Report of the Indian Hemp Drugs Commission, 1894-1895 - Volume VII
Year: 1894
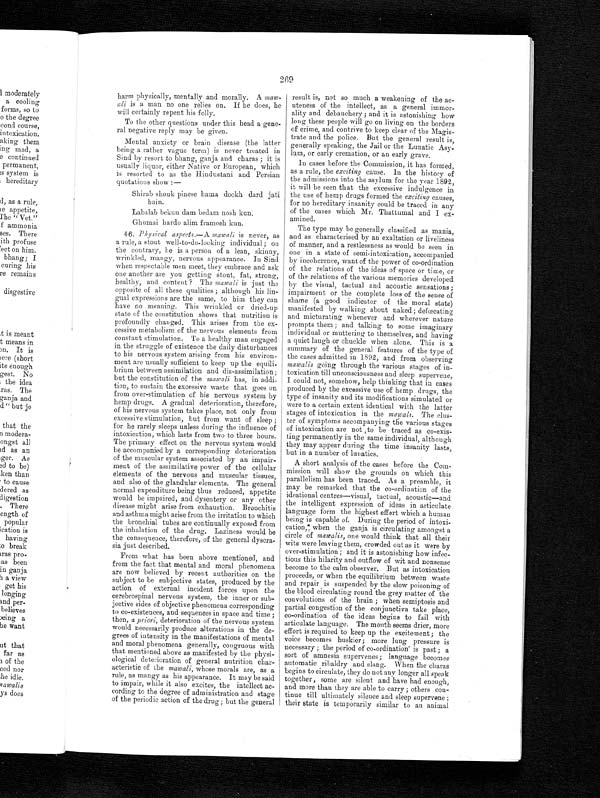
269
harm physically, mentally and morally. A maw-
ali is a man no one relies on. If he does, he
will certainly repent his folly.
To the other questions under this head a gene
- -
ral negative reply may be given.
Mental anxiety or brain disease (the latter
being a rather vague term) is never treated in
Sind by resort to bhang, ganja and charas ; it is
usually liquor, either Native or European, which
is resorted to as the Hindustani and Persian
quotations show :—
Shirab shouk pinese hama dookh dard jati
hain.
Labalab bekun dam bedam nosh kun.
Ghumai hardo alim framosh kun.
46. Physical aspects.— A mawali is never, as
a rule, a stout well-to-do-looking individual ; on
the contrary, he is a person of a lean, skinny,
wrinkled, mangy, nervous appearance. In Sind
when respectable men meet, they embrace and ask
one another are you getting stout, fat, strong,
h e a l t h y , a n d c o n t e n t ? T h e
m a w a l ii
s
opposite of all these qualities ; although his lin-
gual expressions are the same, to him they can
have no meaning. This wrinkled or dried-up
state of the constitution shows that nutrition is
profoundly changed. This arises from the ex-
cessive metabolism of the nervous elements from
constant stimulation. To a healthy man engaged
in the struggle of existence the daily disturbances
to his nervous system arising from his environ-
ment are usually sufficient to keep up the equili-
brium between assimilation and dis-assimilation;
but the constitution of the mawali has, in addi-
tion, to sustain the excessive waste that goes on
from over-stimulation of his nervous system by
hemp drugs. A gradual deterioration, therefore,
of his nervous system takes place, not only from
excessive stimulation, but from want of sleep ;
for he rarely sleeps unless during the influence of
intoxication, which lasts from two to three hours.
The primary effect on the nervous system would
be accompanied by a corresponding deterioration
of the muscular system associated by an impair
-ment of the assimilative power of the cellular
elements of the nervous and muscular tissues,
and also of the glandular elements. The general
normal expenditure being thus reduced, appetite
would be impaired, and dysentery or any other
disease might arise from exhaustion. Bronchitis
and asthma might arise from the irritation to which
the bronchial tubes are continually exposed from
the inhalation of the drug. Laziness would be
the consequence, therefore, of the general dyscra--
sia just described.
From what has been above mentioned, and
from the fact that mental and moral phenomena
are now believed by recent authorities on the
subject to be subjective states, produced by the
action of external incident forces upon the
cerebrospinal nervous system, the inner or sub-
jective sides of objective phenomena corresponding
to co-existences, and sequences in space and time ;
then, a priori, deterioration of the nervous system
would necessarily produce alterations in the de-
grees of intensity in the manifestations of mental
and moral phenomena generally, congruous with
that mentioned above as manifested by the physi-
ological deterioration of general nutrition char-
acteristic of the mawali, whose morals are, as a
rule, as mangy as his appearance. It may be said
to impair, while it also excites, the intellect ac-
cording to the degree of administration and stage
of the periodic action of the drug; but the general
result is, not so much a weakening of the ac-
uteness of the intellect, as a general immor-
ality and debauchery ; and it is astonishing how
long these people will go on living on the borders
of crime, and contrive to keep clear of the Magis-
trate and the police. But the general result is ,
generally speaking, the Jail or the Lunatic Asy-
lum, or early cremation, or an early grave.
In cases before the Commission, it has formed,
as a rule, the exciting cause. In the history of
the admissions into the asylum for the year 1892,
it will be seen that the excessive indulgence in
the use of hemp drugs formed the exciting causes,
for no hereditary insanity could be traced in any
of the cases which Mr. Thattumal and I ex-
amined.
The type may be generally classified as mania,
and as characterised by an exaltation or liveliness
of manner, and a restlessness as would be seen in
one in a state of semi-intoxication, accompanied
by incoherence, want of the power of co-ordination
of the relations of the ideas of space or time, or
of the relations of the various memories developed
b y t h e v i s u a l , t a c t u a l a n d a c o u s t i c s e n s a t i o n s ; i m p a i r m e n t o r t h e c o m p l e t e l o s s o f t h e s e n s e o f
shame (a good indicator of the moral state)
manifested by walking about naked; defalcating
and micturating whenever and wherever nature
prompts them ; and talking to some imaginary
individual or muttering to themselves, and having
a quiet laugh or chuckle when alone. This is a
summary of the general features of the type of
the cases admitted in 1892, and from observing
mawalis going through the various stages of in-
toxication till unconsciousness and sleep supervene,
I could not, somehow, help thinking that in cases
produced by the excessive use of hemp drugs, the
type of insanity and its modifications simulated or
were to a certain extent identical with the latter
stages of intoxication in the mawali. The clus-
ter of symptoms accompanying the various stages
of intoxication are not ,to be traced as co-exis-
ting permanently in the same individual, although
they may appear during the time insanity lasts,
but in a number of lunatics.
A short analysis of the cases before the Com-
mission will show the grounds on which this
parallelism has been traced. As a preamble, it
may be remarked that the co-ordination of the
ideational centres—visual, tactual, acoustic—and
the intelligent expression of ideas in articulate
language form the highest effort which a human
being is capable of. During the period of
intoxi-cation, when the ganja is circulating amongst a
circle of mawalis, one would think that all their
wits were leaving them, crowded out as it were by
over-stimulation ; and it is astonishing how infec-
tious this hilarity and outflow of wit and nonsense
become to the calm observer. But as intoxication
proceeds, or when the equilibrium between waste
and repair is suspended by the slow poisoning of
the blood circulating round the grey matter of the
convolutions of the brain ; when semiptosis and
partial congestion of the conjunctiva take place,
co-ordination of the ideas begins to fail with
articulate language. The month seems drier, more
effort is required to keep up the excitement; the
voice becomes huskier; more lung pressure is
necessary ; the period of co-ordination is past ; a
sort of amnesia supervenes ; language becomes
automatic ribaldry and slang. When the charas
begins to circulate, they do not any longer all speak
together , some are silent and have had enough,
and more than they are able to carry ; others con-
tinue till ultimately silence and sleep supervene ;
their state is temporarily similar to an animal